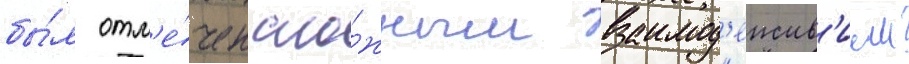
бы́л отм'е́чен сло́жным взаимод'еиств'ием